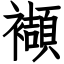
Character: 襭